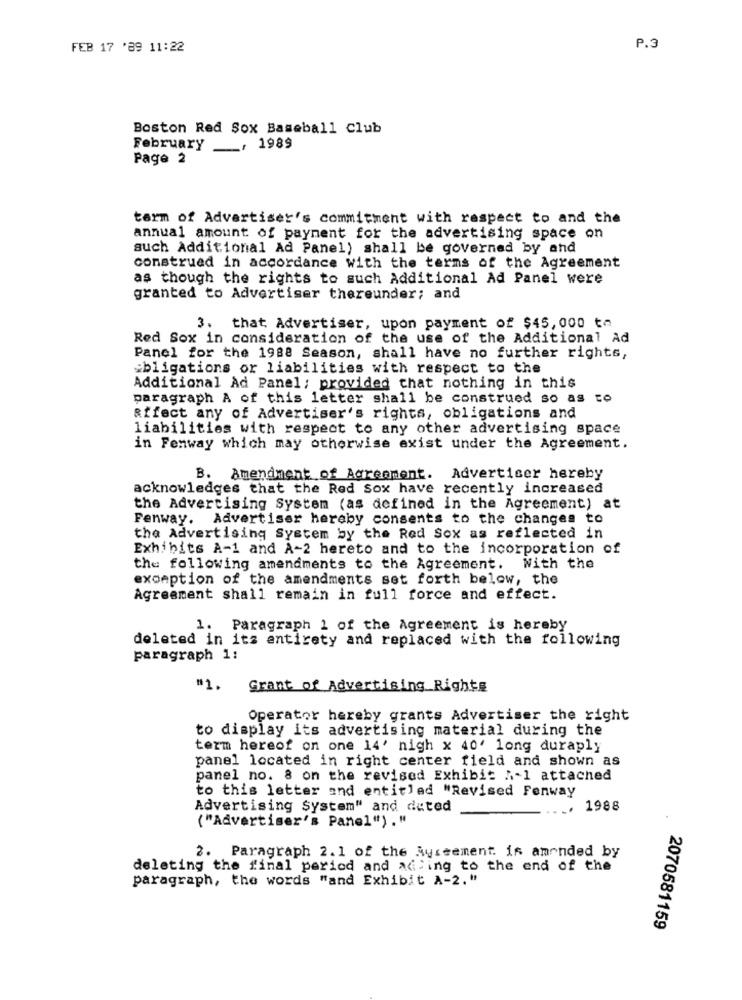
FEB 17 '89 11:22
P.3
Boston Red Sox Baseball Club
February _, 1989
Page 2
tarm of Advertiser's commitment with respect to and the
annual amount of payment for the advertising space on
auch Additional Ad Panel) shall be governed by and
construed in accordance with the terms of the Agreement
as though the rights to such Additional Ad Panel were
granted to Advertiser thereunder; and
3. that Advertiser, upon payment of $45,000 ta
Red Sox in consideration of the use of the Additional Ad
Panel for the 1988 Season, shall have no further rights,
obligations or liabilities with respect to the
Additional Ad Panel; provided that nothing in this
paragraph A of this letter shall be construed so as to
affect any of Advertiser's rights, obligations and
liabilities with respect to any other advertising space
in Fenway which may otherwise exist under the Agreement.
B. Amendment of Agreement. Advertiser hereby
acknowledges that the Red Sox have recently increased
the Advertising System (as defined in the Agreement) at
Fenway. Advertiser hereby consents to the changes to
the Advertising System by the Red Sox as reflected in
Exhibits A-1 and A-2 hereto and to the incorporation of
the following amendments to the Agreement. With the
exception of the amendments set forth below, the
Agreement shall remain in full force and effect.
1. Paragraph 1 of the Agreement is hereby
deleted in its entirety and replaced with the following
paragraph 1:
"1.
Grant of Advertising Rights
Operator hereby grants Advertiser the right
to display its advertising material during the
term hereof on one 14' nigh x 40' long duraply
panel located in right center field and shown as
panel no. 8 on the revised Exhibit A .- 1 attached
to this letter and entitled "Revised Fenway
Advertising System" and deted
....
1988
("Advertiser's Panel") . "
2. Paragraph 2.1 of the Ayseement. is amended by
deleting the final period and adding to the end of the
paragraph, the words "and Exhibit A-2."
2070581159